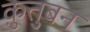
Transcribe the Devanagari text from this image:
क़ुतुबन